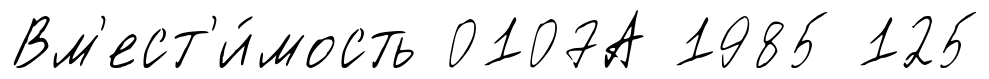
Вм'ест'и́мость 0107А 1985 125